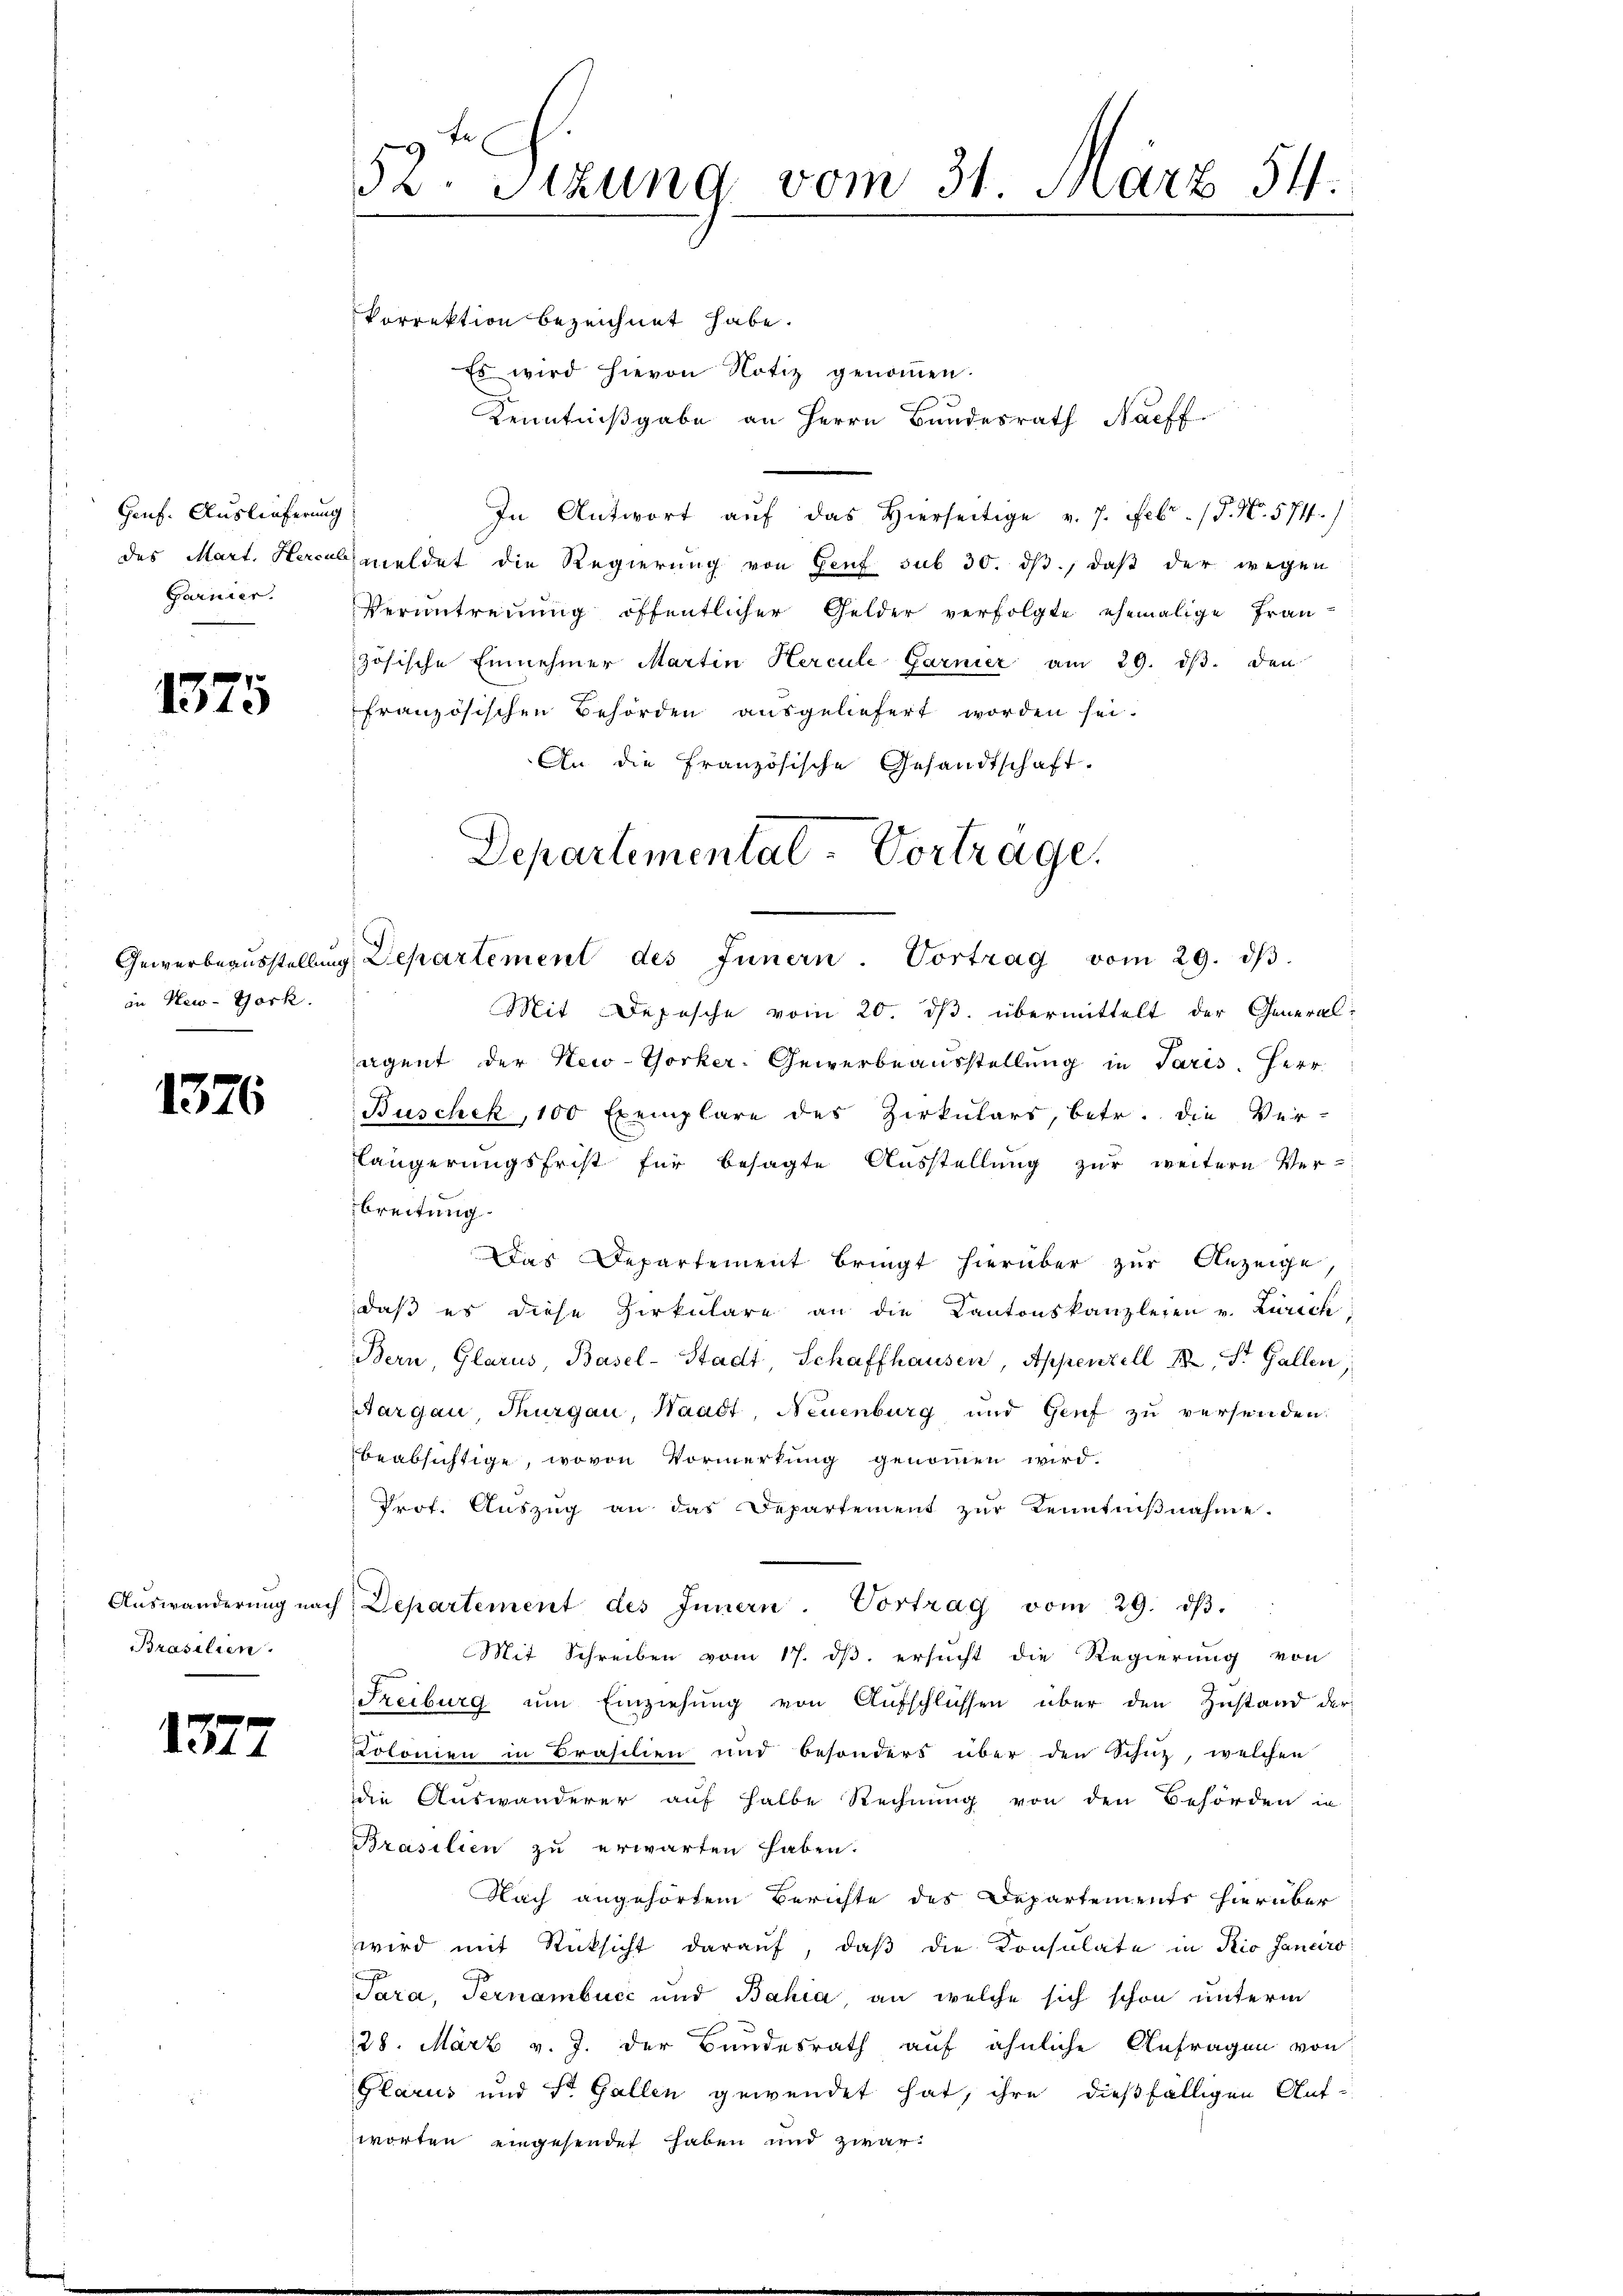
Genf. Auslieferung
das Mart. Herc
Garnier.

1375

in New-York.

1376

Brasilien.

1377

52. Sitzung vom 31. März 54.

Vorrektion bezeichnet habe.
Es wird hievon Notiz genoṁen.
Kenntnißgabe an Herrn Bundesrath Naeff.
g
In Antwort aŭf das hierseitige v. 7. Febr. (T. N. 574.)
bmeldet die Regierung von Genf sub 30. ds., daß der wegen
Verantrennung öffentlicher Gelder verfolgte ehemalige Französische Einnehmer Martin Hercule Garnier am 29. dβ. den
französischen Behörden ausgeliefert worden sei.
An die französische Gesandtschaft.
Mit Depesche vom 20. ds. übermittelt der General-
agent der New-Yorker-Gewerbeausstellung in Paris. Herr
Buschek, 100 Exemplare des Zirkulars, betr. die Ver-
längerungsfrist für besagte Ausstellung zur weitere Ver-
breitung.
Das Departement bringt hierüber zur Anzeige,
daß es diese Zirkulare an die Kantonskanzleien v. Zürich
Bern, Glarus, Basel-Stadt, Schaffhausen, Appenzell XX, St. Gallen,
Aargau, Thurgau, Waadt, Neuenburg und Genf zu versenden.
beabsichtige, wovon Vormerkung genommen wird.
Prof. Auszug an das Departement zŭr Kenntniβnahme.
Aŭswanderŭng nach Departement des Innern. Vortrag vom 29. dβ.
Mit Schreiben vom 17. ds. ersucht die Regierung von
Freiburg um Einziehung von Aufschlüssen über den Zustand der
Kolonien in Brasilien und besonders über den Schüz, welchen
die Auswanderer auf halbe Rechnung von den Behörden in
Brasilien zu erwarten haben.
Nach angehörtem Berichte des Departements hierüber
wird mit Rücksicht darauf, daß die Konsulate in Rio Janeiro
Tara, Ternambucc und Bahia an welche sich schon unterm
28. März v. J. der Bundesrath auf ähnliche Anfragen von
Glarus und St. Gallen gewendet hat, ihre dießfälligen Auf-
worten eingesendet haben und zwar:

Departemental-Vortrage
Gewerbeaŭsstellŭng, Departement des Innern. Vortrag vom 29. dβ.